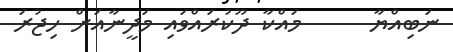
ނަބިއްޔާ      މައްކާ ދޫކުރައްވައި މަދީނާއަށް ހިޖުރަ